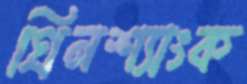
গ্রিনশ্যাংক